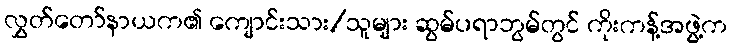
လွှတ်တော်နာယက၏ ကျောင်းသား/သူများ ဆွမ်ပရာဘွမ်တွင် ကိုးကန့်အဖွဲ့က